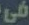
فى